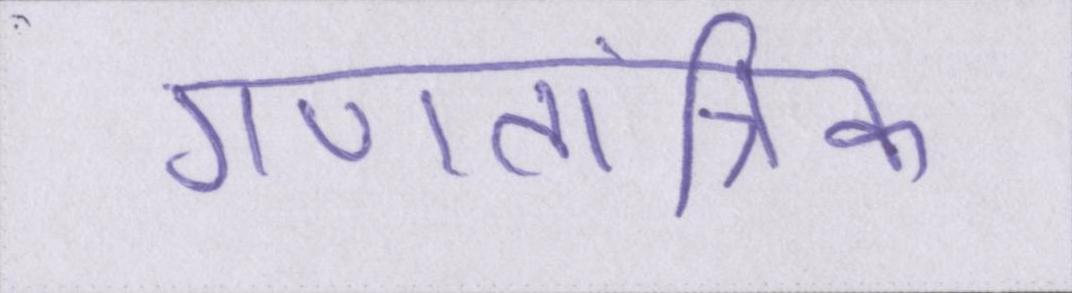
गणतांत्रिक